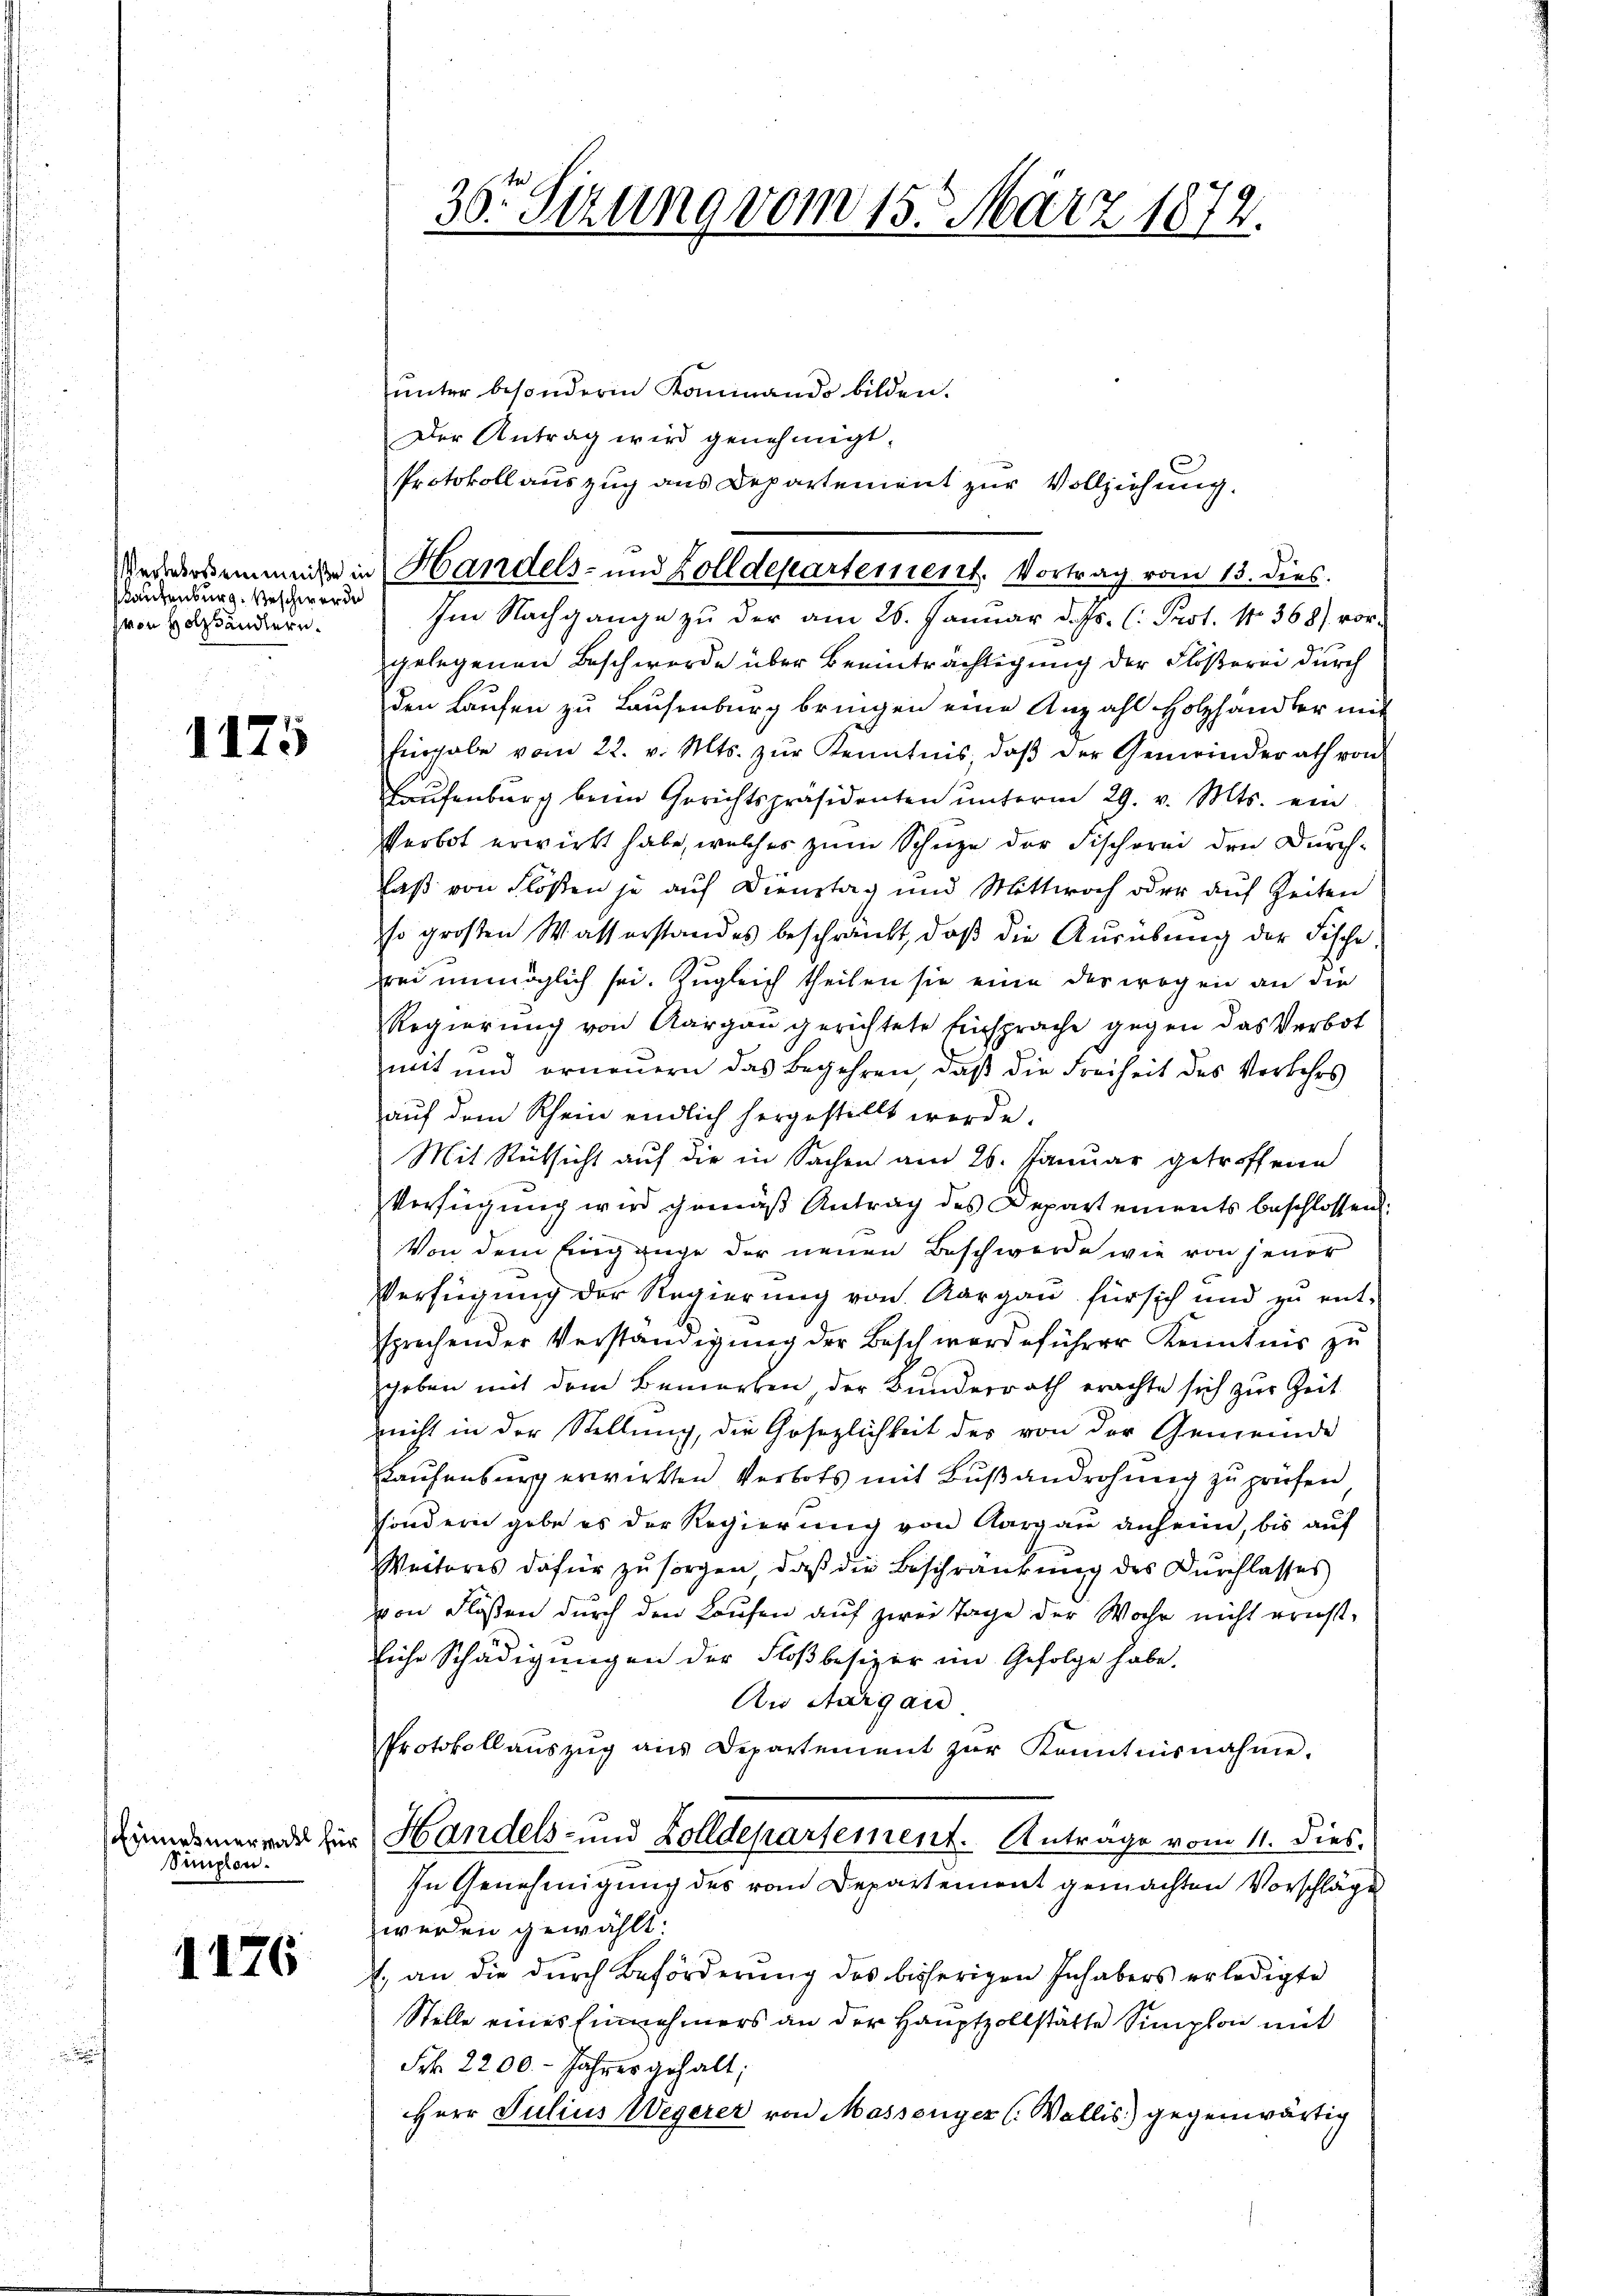
Kautenburg. Geschwerde
von Holzhändlern.

1175

Simpion.

1176

36. Sizung vom 15. März 1872.

unter besonderen Kaminando bilden.
Der Antrag wird genehmigt.
Protokoll auszug aus Departement zur Vollziehung.

Werkersementen in Handels- und Zolldepartement. Vortrag vom 13. dies.

Im Nachgange zu der am 26. Januar d. Js. (: Prot. No 368) vorgelegenen Beschwerde über Beeinträchtigung der Flößerei durch
den Laufen zu Laufenburg bringen eine Anzahl Holzhändler mit
Eingabe vom 22. v. Mts. zŭr Kenntnis, daβ der Gemeinderath von
Haufenburg beim Gerichtspräsidenten unterm 29. v. Mts. ein
Verbot erwirkt habe, welches zŭm Schüze der Fischorei den Durch¬
Faß von Flößen je auf Dienstag und Mittwoch oder auf Zeiten
o großen Wasserstandes beschränkt, daß die Ausübung der Fische
wei unmöglich sei. Zugleich theilen sie eine der wogen an die
Regierung von Aargau gerichtete Einsprache gegen das Verbot
mit und orneuern das Begehren, daß die Freiheit des Vorkehrs
auf dem Rhein endlich hergestellt werde.
Mit Rücksicht auf die in Sachen am 26. Januar getroffene
Verfügung wird gemäß Antrag des Departements beschlossend:
Von dem Eingange der neuen Beschwerde wie von jener
Verfügung der Regierung von Aargau für sich und zu ent-
sprechender Verständigung der Beschwerdeführer Kenntnis zu
geben mit dem Bemerken, der Bunderrath erachte sich zur Zeit
nicht in der Stellung, die Gesezlichkeit der von der Gemeinde
Elaufenburg erwirkten Verbots mit Bußandrohung zu prüfen
sondern gebe es der Regierung von Aargau anheim, bis auf
Weiteres dafür zu sorgen, daß die Beschränkung des Durchlasses
von Flößen durch den Laufen auf zwei Tage der Wache nicht ererst-
Eiche Schädigungen der Floßbesizer im Gefolge habe.
An Aargau
Protokollaŭszŭg ans Departement zŭr Kenntnisnahme.
Zinndsmerend für Handels- und Zolldepartement. Anträge vom 11. dies,
In Genehmigung des vom Departement gemachten Vorschläge
werden gewählt.
., an die durch Beförderung des bisherigen Inhabers erledigte
Stelle eines Einnehmers an der Hauptzollstätte Simplon mit
Frk. 2200. - Jahres gehalt;
Herr Julius Wegerer von Massenger (Wallis) gegenwärtig